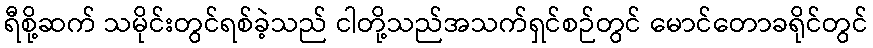
ရီစို့ဆက် သမိုင်းတွင်ရစ်ခဲ့သည် ငါတို့သည်အသက်ရှင်စဉ်တွင် မောင်တောခရိုင်တွင်